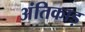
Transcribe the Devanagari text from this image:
अंतिकाड़